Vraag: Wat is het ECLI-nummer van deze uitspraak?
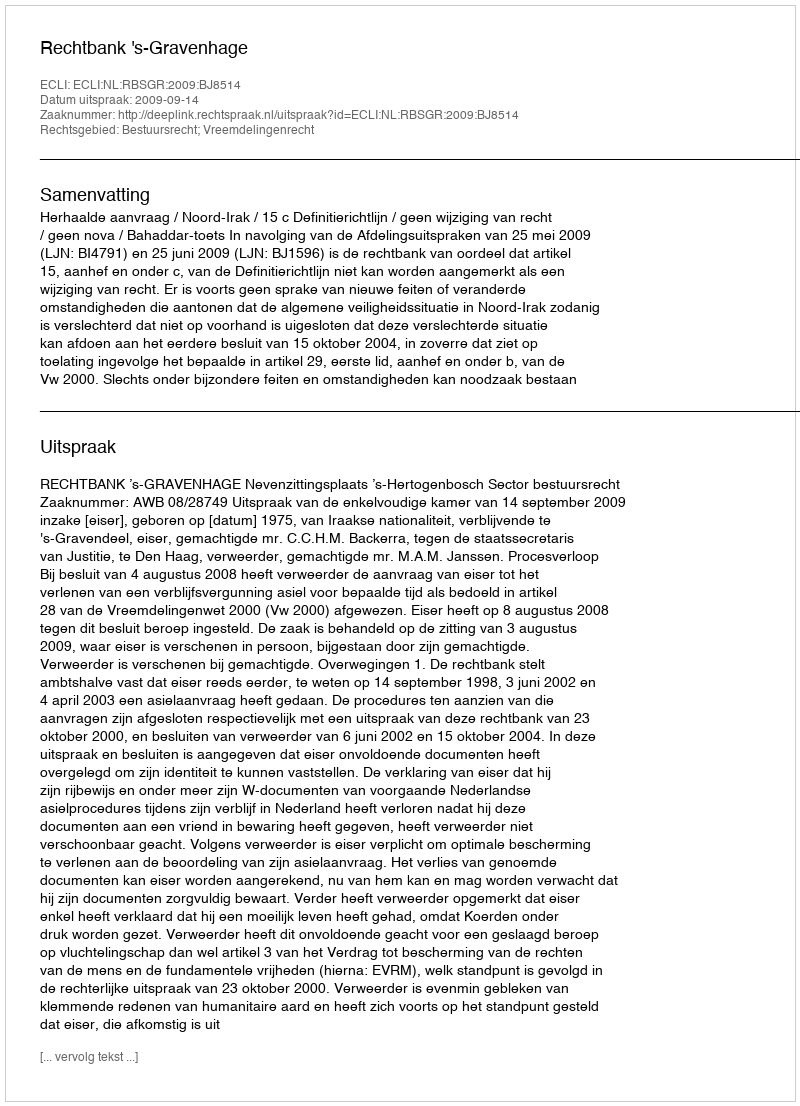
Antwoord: ECLI:NL:RBSGR:2009:BJ8514